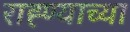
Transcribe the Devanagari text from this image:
राह्ण्याच्या